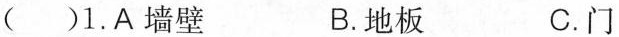
( )1.A墙壁 B.地板 C.门